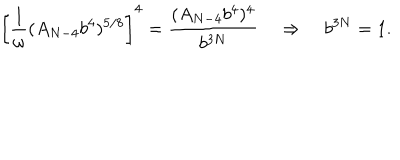
\left[ \frac { 1 } { \omega } ( A _ { N - 4 } b ^ { 4 } ) ^ { 5 / 8 } \right] ^ { 4 } = \frac { ( A _ { N - 4 } b ^ { 4 } ) ^ { 4 } } { b ^ { 3 N } } \quad \Rightarrow \quad b ^ { 3 N } = 1 .